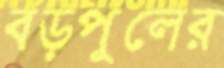
বড়পুলের